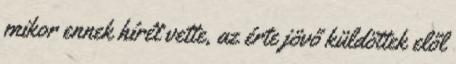
mikor ennek hírét vette, az érte jövő küldöttek elől